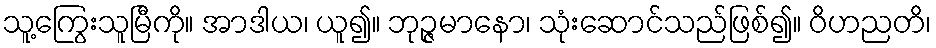
သူ့ကြွေးသူမြီကို။ အာဒါယ၊ ယူ၍။ ဘုဉ္ဇမာနော၊ သုံးဆောင်သည်ဖြစ်၍။ ဝိဟညတိ၊